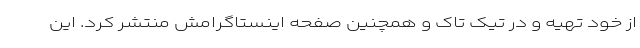
از خود تهیه و در تیک تاک و همچنین صفحه اینستاگرامش منتشر کرد. این